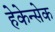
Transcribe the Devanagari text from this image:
हेकेन्सेक